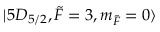
\lvert 5 D _ { 5 / 2 } , \Tilde { F } = 3 , m _ { \Tilde { F } } = 0 \rangle